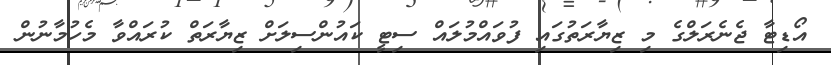
އޯޑިޓާ ޖެނެރަލްގެ މި ޒިޔާރަތުގައި ފުވައްމުލައް ސިޓީ ކައުންސިލަށް ޒިޔާރަތް ކުރައްވާ މެހުމާނުން